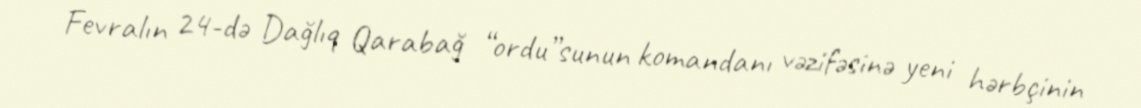
Fevralın 24-də Dağlıq Qarabağ “ordu”sunun komandanı vəzifəsinə yeni hərbçinin